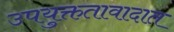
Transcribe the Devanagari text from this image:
उपयुक्ततावादात